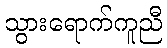
သွားရောက်ကူညီ